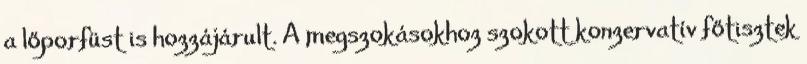
a lőporfüst is hozzájárult. A megszokásokhoz szokott konzervatív főtisztek